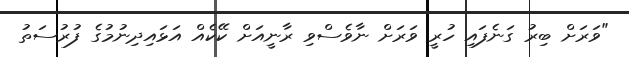
"ވަރަށް ބިރު ގަނެފައި ހުރީ ވަރަށް ނާވެސްވި ރާނީއަށް ކޭކެއް އަޅައިދިނުމުގެ ފުރުސަތު